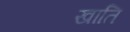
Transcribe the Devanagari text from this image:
खाति